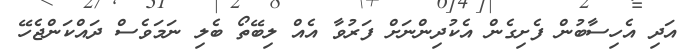
އަދި އެހިސާބުން ފެށިގެން އެކުދިންނަށް ފަރުވާ އެއް ލިބޭތޯ ބެލި ނަމަވެސް ދައްކަންޖެހޭ